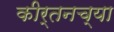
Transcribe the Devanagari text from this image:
कीर्तनच्या